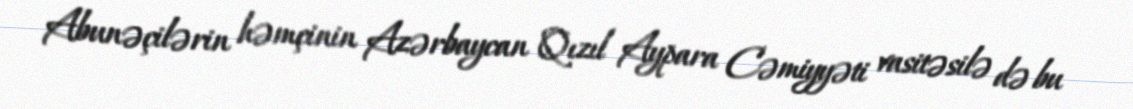
Abunəçilərin həmçinin Azərbaycan Qızıl Aypara Cəmiyyəti vasitəsilə də bu